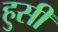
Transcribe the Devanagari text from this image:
हुसी